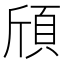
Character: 頎